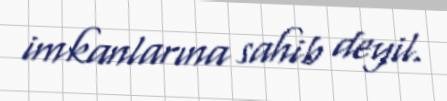
imkanlarına sahib deyil.